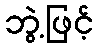
ဘွဲ့ဖြင့်